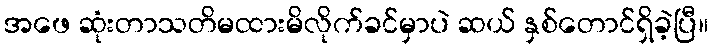
အဖေ ဆုံးတာသတိမထားမိလိုက်ခင်မှာပဲ ဆယ် နှစ်တောင်ရှိခဲ့ပြီ။